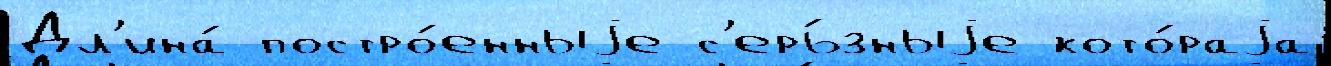
Дл'ина́ постро́енныjе с'ерь́зныjе кото́раjа